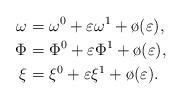
LaTeX: \begin{align*}\omega &= \omega^0 + \varepsilon\omega^1 + \o(\varepsilon), \\\Phi &= \Phi^0 + \varepsilon\Phi^1 + \o(\varepsilon), \\\xi &= \xi^0 + \varepsilon\xi^1 + \o(\varepsilon).\end{align*}